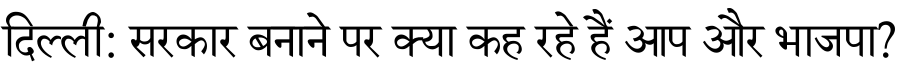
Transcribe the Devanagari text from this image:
दिल्ली: सरकार बनाने पर क्या कह रहे हैं आप और भाजपा?